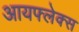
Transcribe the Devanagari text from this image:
आयफ्लेक्स